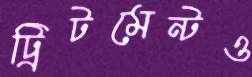
ট্রিটমেন্টও